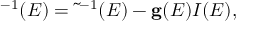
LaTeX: { \bf \tau } ^ { - 1 } ( E ) = \tilde { \bf \tau } ^ { - 1 } ( E ) - { \bf g } ( E ) I ( E ) ,